Civil Veterinary Department Bihar reports 1936-40 - 1936-1940
Year: 1936
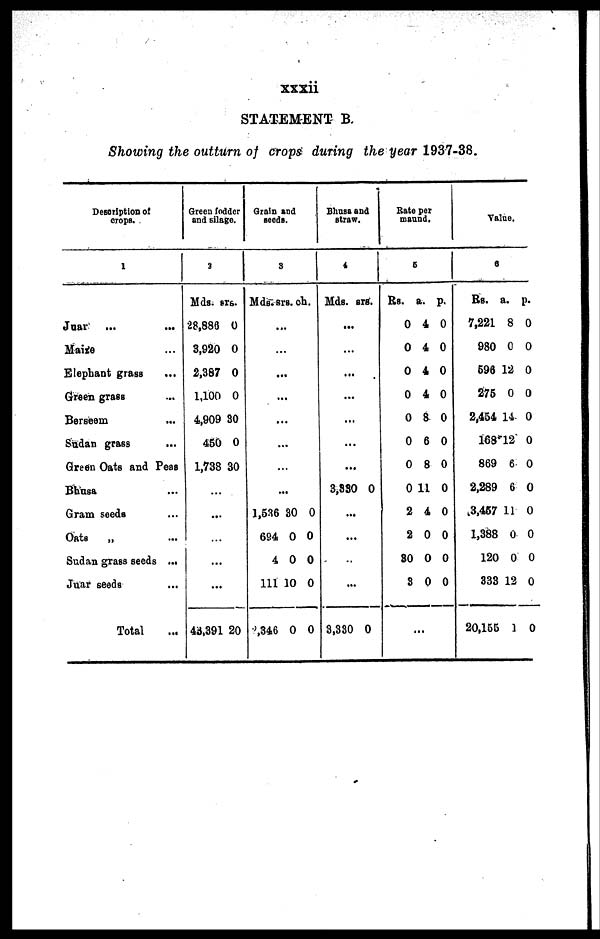
xxxii
STATEMENT B.
Showing the outturn of crops during the year 1937-38.
Description of
crops.
1
Juar ... ...
Maize ...
Elephant grass ...
Green grass ...
Berseem ...
Sudan grass
...
Green Oats and Peas
Bhusa ...
Grain seeds ...
Oats
„ ...
Sudan grass seeds ...
Juar seeds ...
Total ...
Green fodder
and silage.
2
Mds.
28,886
3,920
2,387
1,100
4,909
450
1,738
...
...
...
...
...
43,391
srs.
0
0
0
0
30
0
30
20
Grain and
seeds.
3
Mds.
.
...
.
.
.
.
...
.
1,536
694
4
111
2,346
srs.
..
..
..
..
..
..
30
0
0
10
0
ch.
0
0
0
0
0
Bhnsa and
straw.
4
Mds.
...
...
...
...
...
...
...
3,880
...
...
...
...
3,330
srs.
0
0
Rate per
maund.
5
Rs.
0
0
0
0
0
0
0
0
2
2
30
3
.
a.
4
4
4
4
8
6
8
11
4
0
0
0
..
p.
0
0
0
0
0
0
0
0
0
0
0
0
Value.
6
Rs.
7,221
980
696
275
2,454
168
869
2,289
3,457
1,388
120
333
20,155
a.
8
0
12
0
14
12
6
6
11
0
0
12
1
p.
0
0
0
0
0
0
0
0
0
0
0
0
0